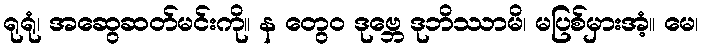
ရုရုံ၊ အဆွေဆတ်မင်းကို။ န တွေဝ ဒုဗ္ဘေ ဒုဘိဿာမိ၊ မပြစ်မှားအံ့။ မေ၊